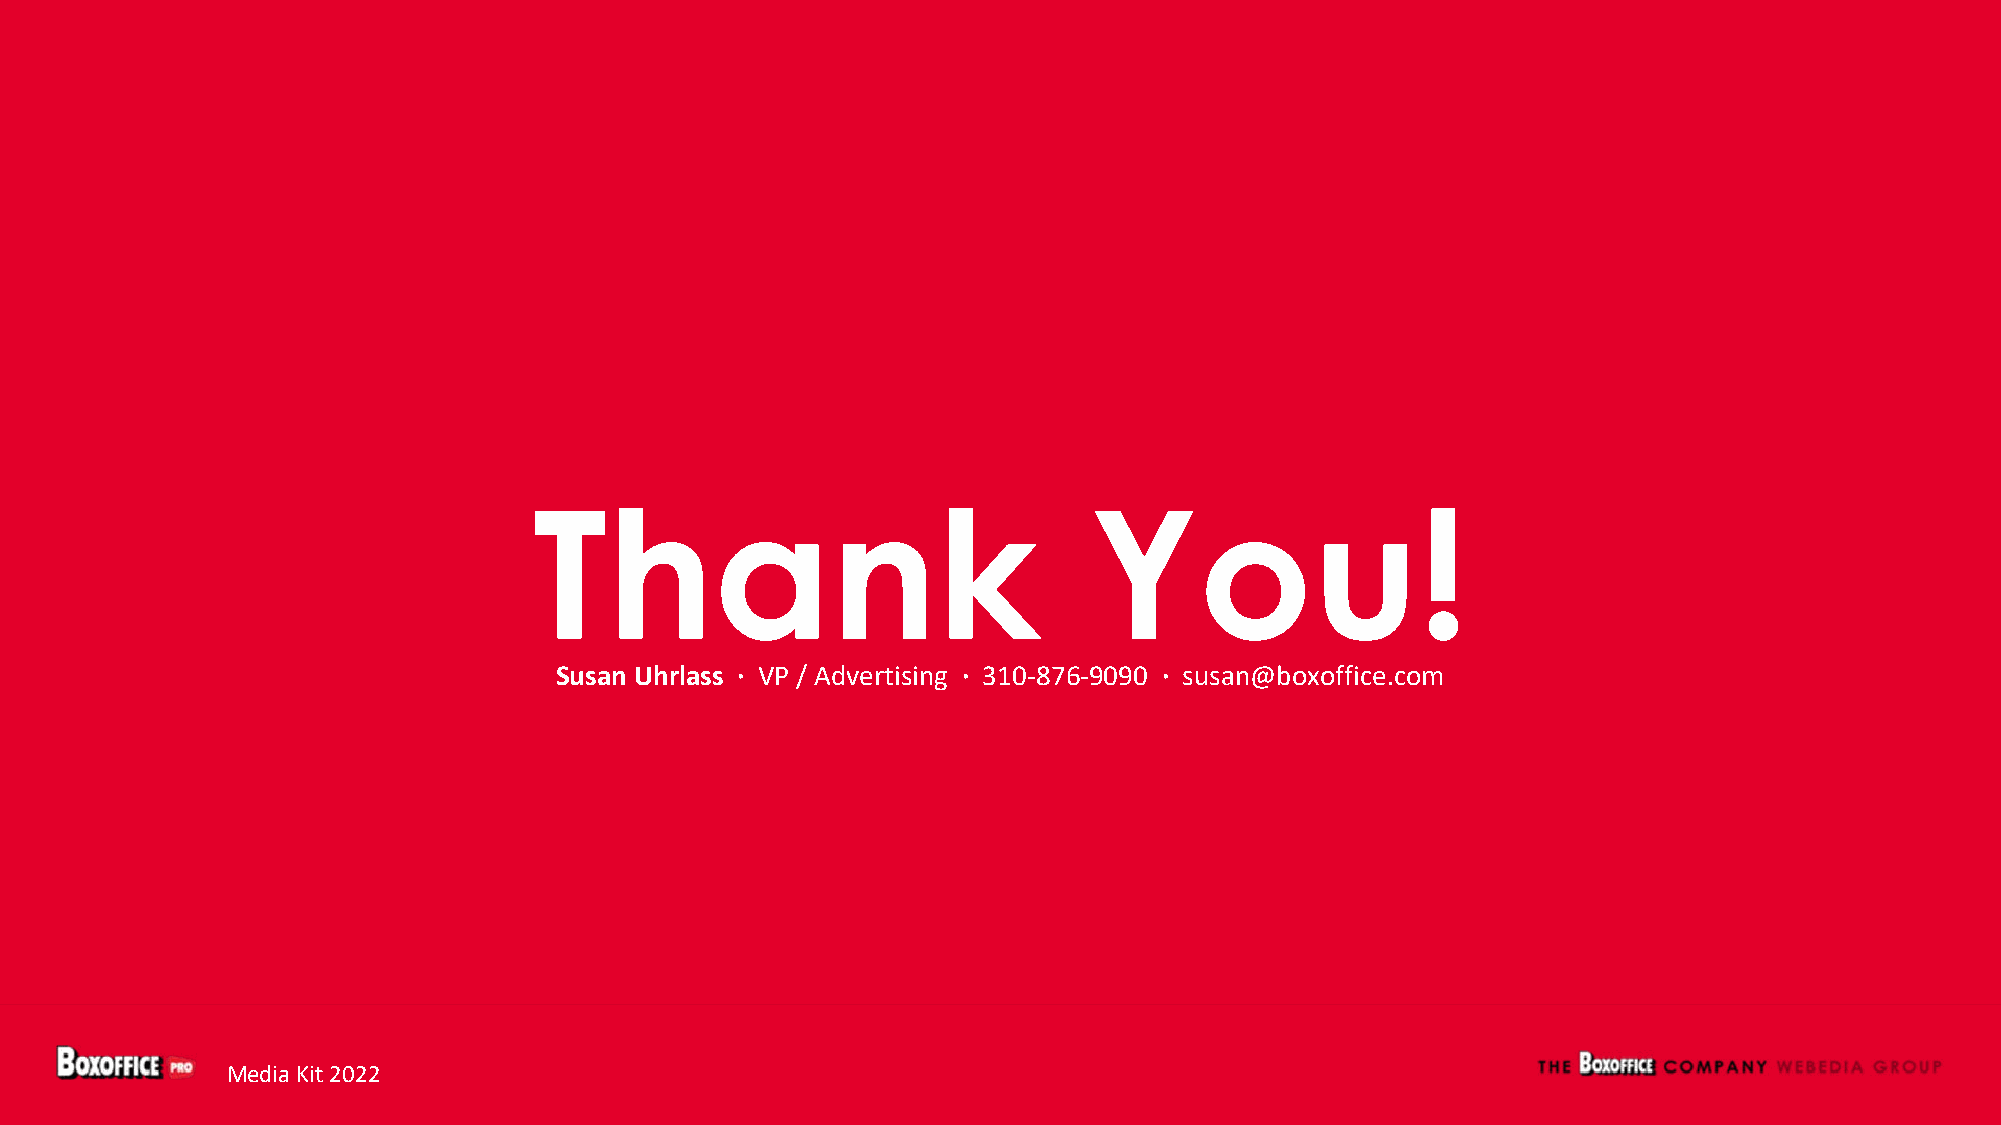
Thank                                You!
 Susan Uhrlass · VP / Advertising · 310-876-9090 · susan@boxoffice.com
 Media Kit 2022